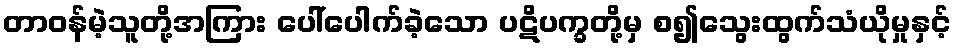
တာဝန်မဲ့သူတို့အကြား ပေါ်ပေါက်ခဲ့သော ပဋိပက္ခတို့မှ စ၍သွေးထွက်သံယိုမှုနှင့်